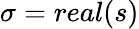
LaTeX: \sigma=real(s)